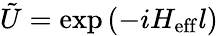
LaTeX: \tilde{U}=\exp\left(-iH_{\mathrm{eff}}l\right)